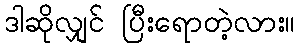
ဒါဆိုလျှင် ပြီးရောတဲ့လား။